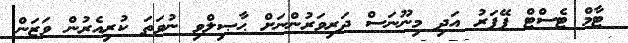
ޓާމް ޓެސްޓް ޕޭޕަރު އަދި މިނޫނަސް ދަރިވަރުންނަށް ޙާޞިލްވި ނުވަތަ ކުރިއެރުން ވަޒަން